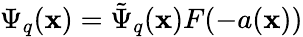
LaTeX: \Psi_{q}(\mathbf{x})=\tilde{{\Psi}}_{q}(\mathbf{x})F(-a(\mathbf{x}))